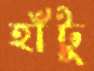
হাঁটু